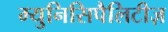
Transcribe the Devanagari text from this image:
म्युनिसिपैलिटीज़